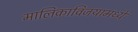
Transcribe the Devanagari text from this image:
मालिकाविजयामध्ये